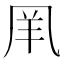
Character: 𠙌